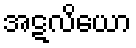
အဋလိယော